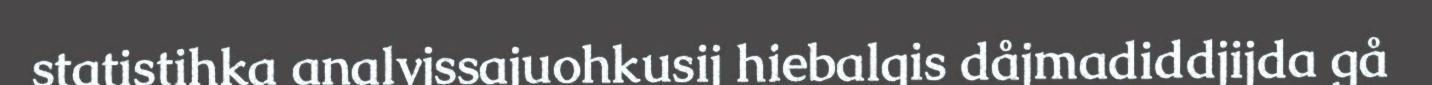
statistihka analyjssajuohkusij hiebalgis dåjmadiddjijda gå